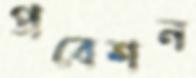
প্রবেশন